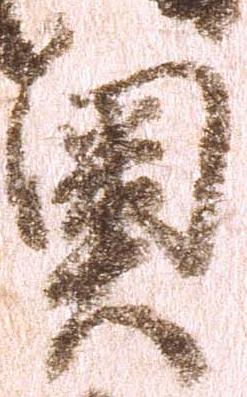
奥